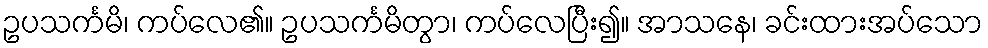
ဥပသင်္ကမိ၊ ကပ်လေ၏။ ဥပသင်္ကမိတွာ၊ ကပ်လေပြီး၍။ အာသနေ၊ ခင်းထားအပ်သော